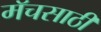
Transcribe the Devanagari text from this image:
मॅचसाठी